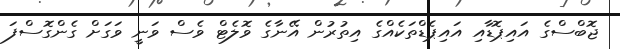
ޖޮބްސްގެ އައިޕޮޑާއި އައިޕެޑްތަކެއްގެ އިތުރުން އޭނާގެ ވޮލެޓް ވެސް ވަނީ ވަގަށް ގެންގޮސްފަ